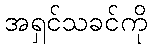
အရှင်သခင်ကို